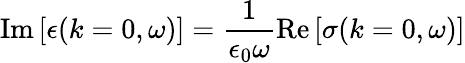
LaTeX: \operatorname{Im}\left[\epsilon(k=0,\omega)\right]=\frac{1}{\epsilon_{0}\omega}\operatorname{Re}\left[\sigma(k=0,\omega)\right]